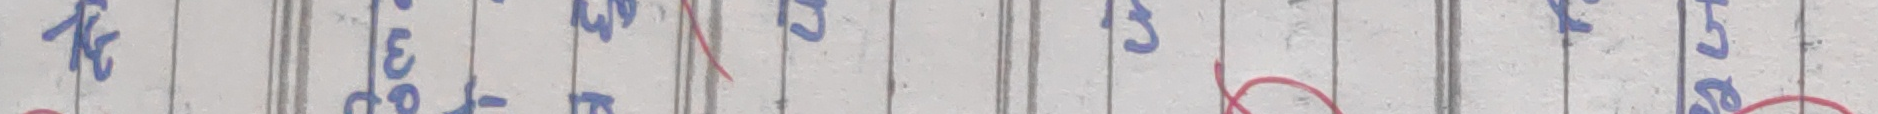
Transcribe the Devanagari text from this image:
१६ ८ ० ३ ३ ५
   ० ३ ३ ६ ०
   ४ १ ९ ५ ८
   २ ० ७ ८ १
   ६ २ ५ ४ ३
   ५ ९ ० ० ६
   ० ७ ६ ७ २
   ७ ० ८ ९ ९
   ३ ३ २ ० ४
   १ ९ ४ १ ७